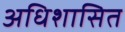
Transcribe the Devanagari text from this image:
अधिशासित